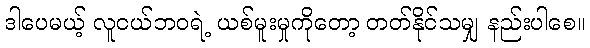
ဒါပေမယ့် လူငယ်ဘဝရဲ့ ယစ်မူးမှုကိုတော့ တတ်နိုင်သမျှ နည်းပါစေ။